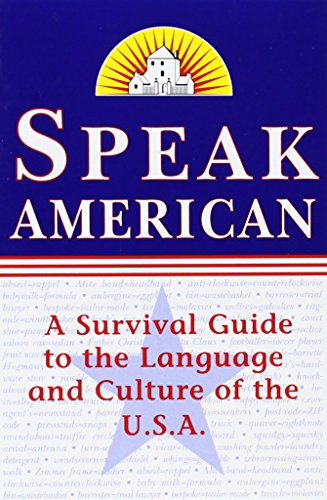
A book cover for Speak American: A Survival Guide to the Language and Culture of the U.S.A.; Dileri Borunda Johnston; Reference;